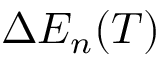
\Delta E _ { n } ( T )